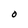
Character: O